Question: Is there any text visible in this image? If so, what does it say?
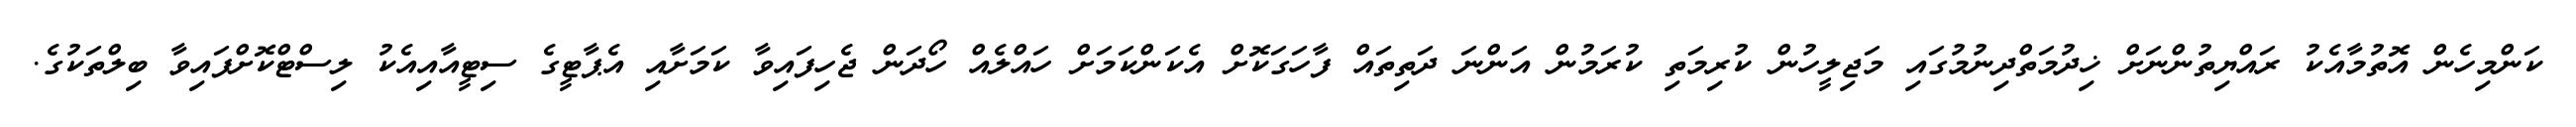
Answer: ކަންމިހެން އޮތުމާއެކު ރައްޔިތުންނަށް ޚިދުމަތްދިނުމުގައި މަޖިލީހުން ކުރިމަތި ކުރަމުން އަންނަ ދަތިތައް ފާހަގަކޮށް އެކަންކަމަށް ހައްލެއް ހޯދަން ޖެހިފައިވާ ކަމަށާއި އެޕާޓީގެ ސިޓީއާއިއެކު ލިސްޓްކޮށްފައިވާ ބިލްތަކުގެ.